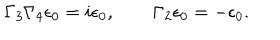
\Gamma _ { 3 } \Gamma _ { 4 } \epsilon _ { 0 } = i \epsilon _ { 0 } , \qquad \Gamma _ { 2 } \epsilon _ { 0 } = - \epsilon _ { 0 } .